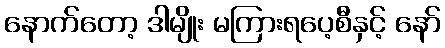
နောက်တော့ ဒါမျိုး မကြားရပေ့စီနှင့် နော်